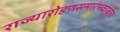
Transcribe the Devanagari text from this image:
राज्यारोहणसमारंभकाळींच